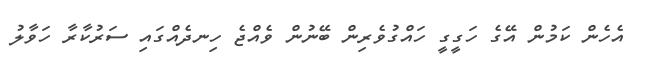
އެހެން ކަމުން އޭގެ ހަގީގީ ހައްގުވެރިން ބޭނުން ވެއްޖެ ހިނދެއްގައި ސަރުކާރާ ހަވާލު